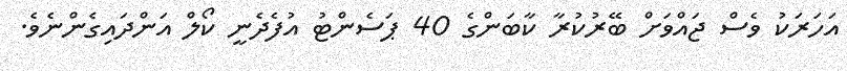
އަހަރަކު ވެސް ޖައްވަށް ބޭރުކުރާ ކާބަންގެ 40 ޕަސެންޓު އުފެދެނީ ކޯލް އަންދައިގެންނެވެ.